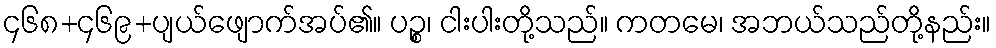
၄၆၈+၄၆၉+ပျယ်ဖျောက်အပ်၏။ ပဉ္စ၊ ငါးပါးတို့သည်။ ကတမေ၊ အဘယ်သည်တို့နည်း။